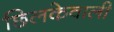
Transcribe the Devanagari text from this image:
छिलकेवाली